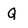
Character: Q